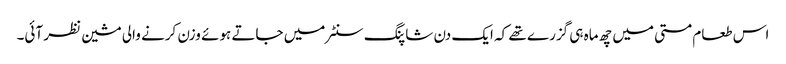
اس طعام مستی میں چھ ماہ ہی گزرے تھے کہ ایک دن شاپنگ سنٹر میں جاتے ہوئے وزن کرنے والی مشین نظر آئی۔